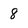
Character: 8